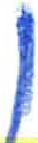
אות: ן